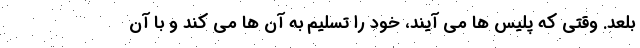
بلعد. وقتی که پلیس ها می آیند، خود را تسلیم به آن ها می کند و با آن